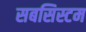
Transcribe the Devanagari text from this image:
सबसिस्टम